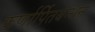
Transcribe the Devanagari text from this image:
कर्णार्पितबन्धनं